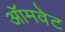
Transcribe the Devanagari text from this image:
ऑमवेट